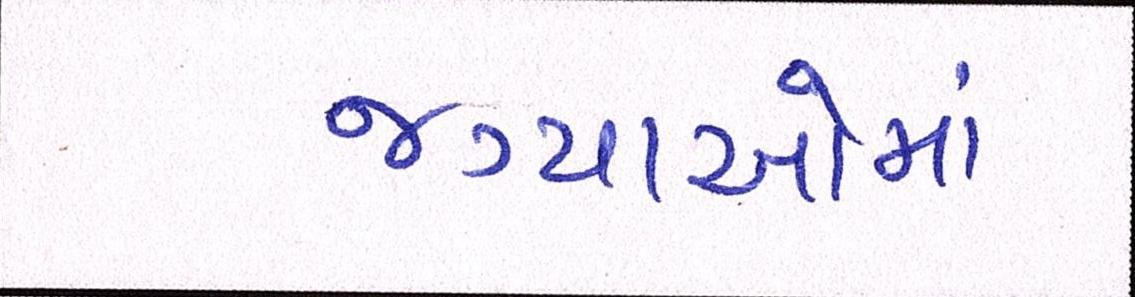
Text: જગ્યાઓમાં